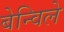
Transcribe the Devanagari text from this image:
बेन्विले